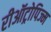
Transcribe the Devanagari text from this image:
रीऑट्रोपिज्म